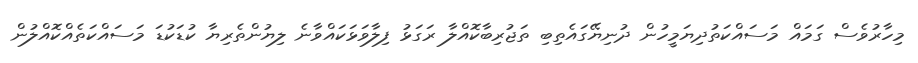
މިހާރުވެސް ގަމައް މަސައްކަތުދިޔަމީހުން ދުނިޔޭގައެތިބި ތަޖުރިބާކޮއްލާ ރަގަޅު ފިލާވަޅަކައްވާނެ ލިޔުންތެރިޔާ ކުޑަކުޑަ މަސައްކަތެއްކޮއްލުން